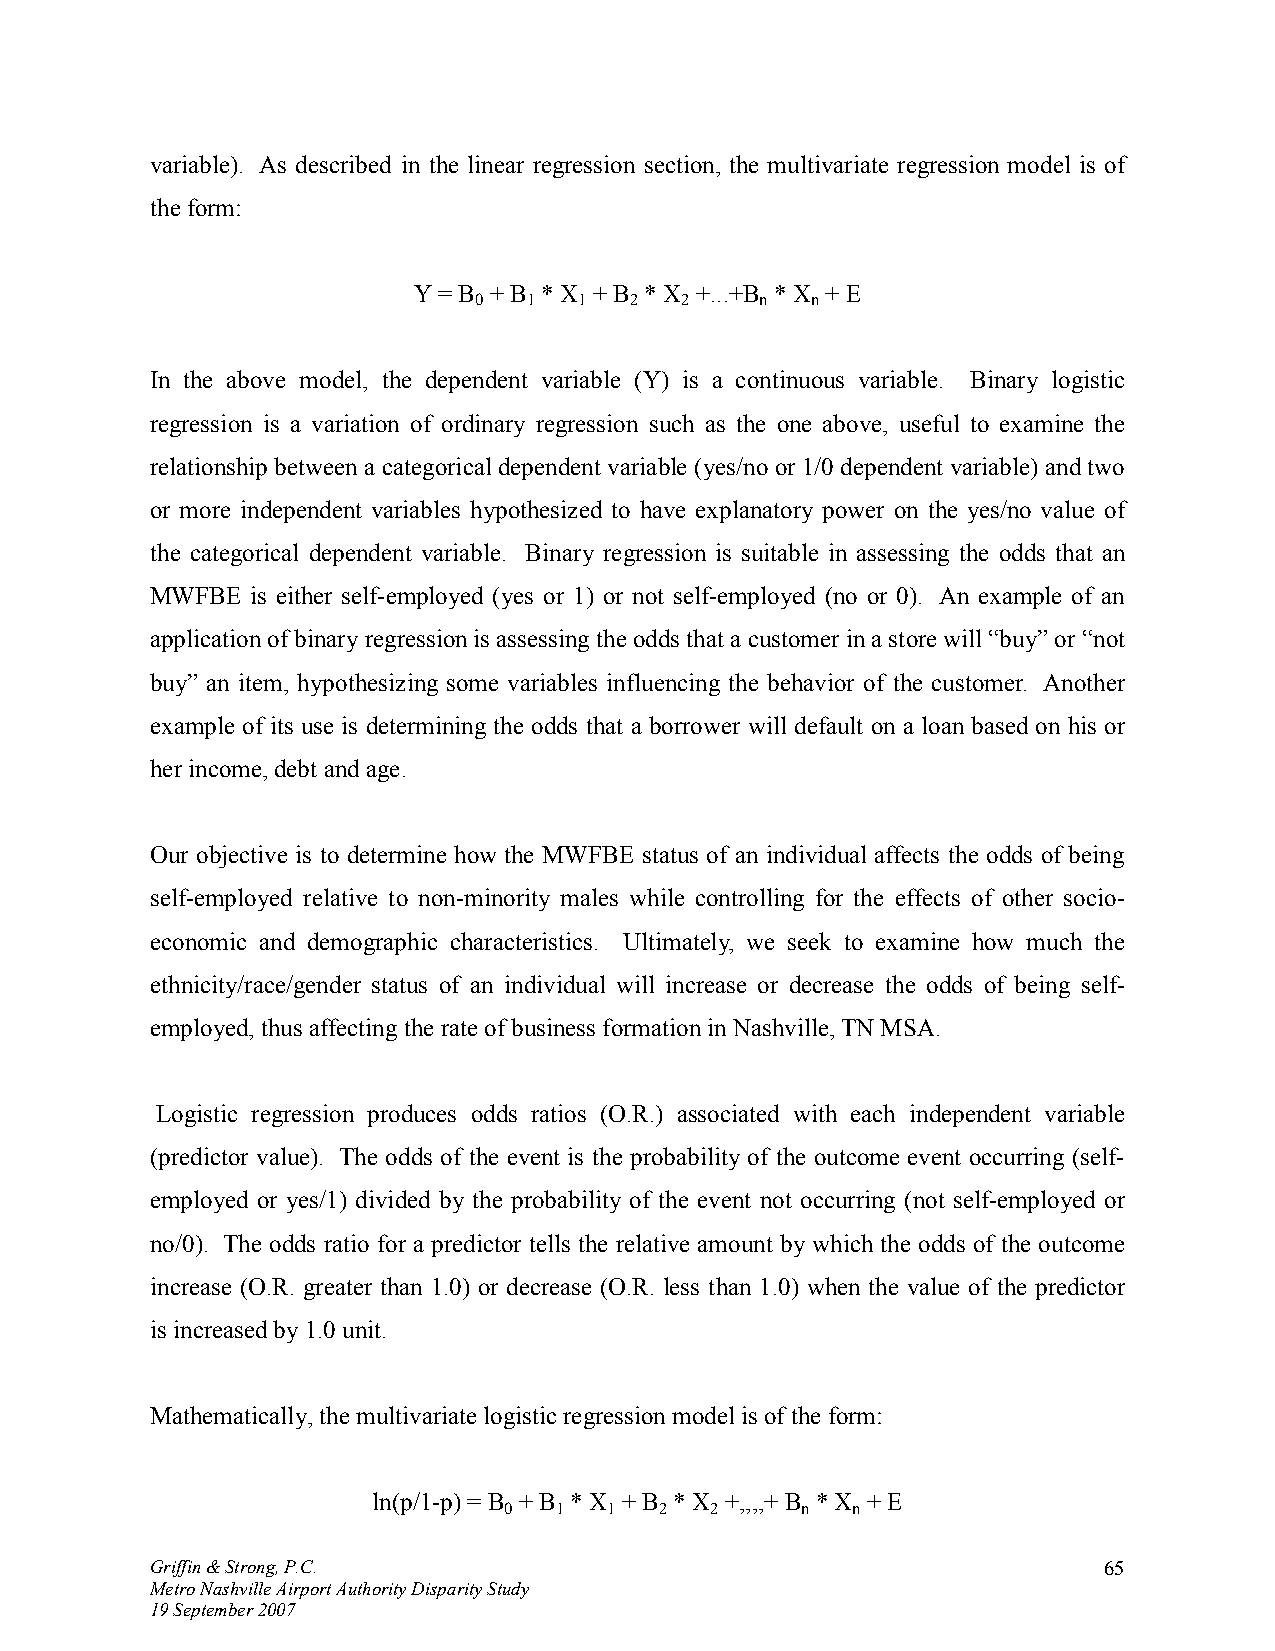
variable). As described in the linear regression section, the multivariate regression model is of
 the form:
 Y = B + B * X + B * X +...+B * X + E
 0   1  1   2  2    n   n
 In the above model, the dependent variable (Y) is a continuous variable. Binary logistic
 regression is a variation of ordinary regression such as the one above, useful to examine the
 relationship between a categorical dependent variable (yes/no or 1/0 dependent variable) and two
 or more independent variables hypothesized to have explanatory power on the yes/no value of
 the categorical dependent variable. Binary regression is suitable in assessing the odds that an
 MWFBE  is either self-employed (yes or 1) or not self-employed (no or 0). An example of an
 application of binary regression is assessing the odds that a customer in a store will “buy” or “not
 buy” an item, hypothesizing some variables influencing the behavior of the customer. Another
 example of its use is determining the odds that a borrower will default on a loan based on his or
 her income, debt and age.
 Our objective is to determine how the MWFBE status of an individual affects the odds of being
 self-employed relative to non-minority males while controlling for the effects of other socio-
 economic and demographic characteristics. Ultimately, we seek to examine how much the
 ethnicity/race/gender status of an individual will increase or decrease the odds of being self-
 employed, thus affecting the rate of business formation in Nashville, TN MSA.
 Logistic regression produces odds ratios (O.R.) associated with each independent variable
 (predictor value). The odds of the event is the probability of the outcome event occurring (self-
 employed or yes/1) divided by the probability of the event not occurring (not self-employed or
 no/0). The odds ratio for a predictor tells the relative amount by which the odds of the outcome
 increase (O.R. greater than 1.0) or decrease (O.R. less than 1.0) when the value of the predictor
 is increased by 1.0 unit.
 Mathematically, the multivariate logistic regression model is of the form:
 ln(p/1-p) = B + B * X + B * X +,,,,+ B * X + E
 0   1  1   2  2     n  n
 Griffin & Strong, P.C.                                         65
 Metro Nashville Airport Authority Disparity Study
 19 September 2007